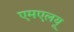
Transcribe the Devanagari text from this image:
एमएलयू